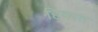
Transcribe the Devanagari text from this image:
हिक्मत